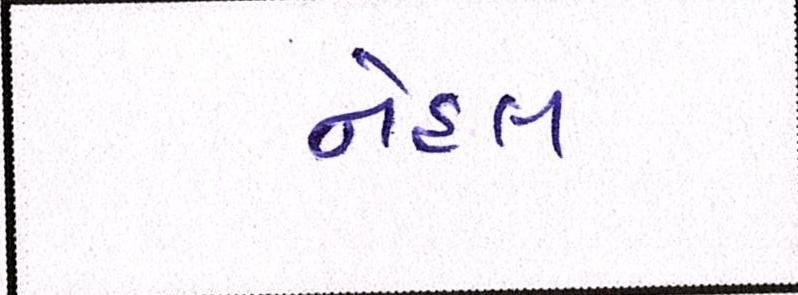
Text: નેહલ